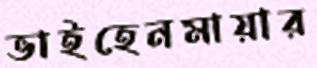
ভাইহেনমায়ার